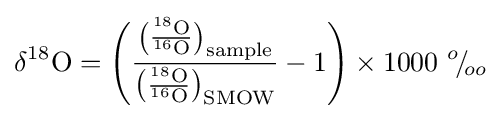
\mathrm {\delta ^{18}O} ={\Biggl (}\mathrm {\frac {{\bigl (}{\frac {^{18}O}{^{16}O}}{\bigr )}_{sample}}{{\bigl (}{\frac {^{18}O}{^{16}O}}{\bigr )}_{SMOW}}} -1{\Biggr )}\times 1000\ ^{o}\!/\!_{oo}